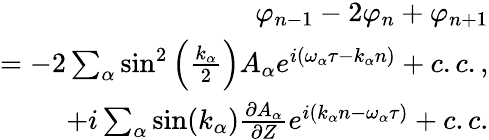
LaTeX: \begin{array}{r}{\varphi_{n-1}-2\varphi_{n}+\varphi_{n+1}}\\ {=-2\sum_{\alpha}\sin^{2}\left(\frac{k_{\alpha}}{2}\right)A_{\alpha}e^{i(\omega_{\alpha}\tau-k_{\alpha}n)}+c.c.,}\\ {+i\sum_{\alpha}\sin(k_{\alpha})\frac{\partial A_{\alpha}}{\partial Z}e^{i(k_{\alpha}n-\omega_{\alpha}\tau)}+c.c.}\end{array}